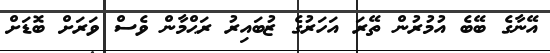
އޭނާގެ ބޭބެ އުމުރުން ތޭރަ އަހަރުގެ ޒުބައިރު ރަޙްމާން ވެސް ވަރަށް ބޮޑަށް